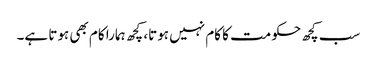
سب کچھ حکومت کا کام نہیں ہوتا، کچھ ہمارا کام بھی ہوتا ہے۔